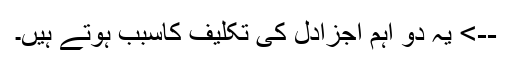
--> یہ دو اہم اجزادل کی تکلیف کاسبب ہوتے ہیں۔